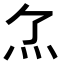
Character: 𤆒